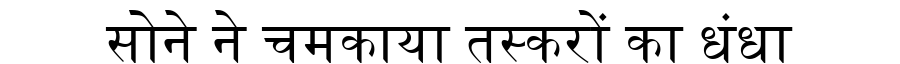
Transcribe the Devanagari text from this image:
सोने ने चमकाया तस्करों का धंधा